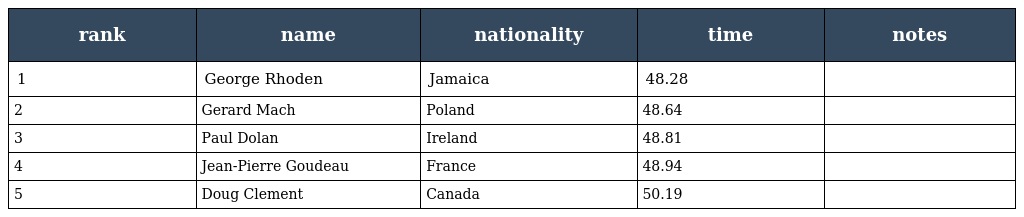
| rank | name | nationality | time | notes |
 | --- | --- | --- | --- | --- |
 | 1 | George Rhoden | Jamaica | 48.28 |  |
 | 2 | Gerard Mach | Poland | 48.64 |  |
 | 3 | Paul Dolan | Ireland | 48.81 |  |
 | 4 | Jean-Pierre Goudeau | France | 48.94 |  |
 | 5 | Doug Clement | Canada | 50.19 |  |